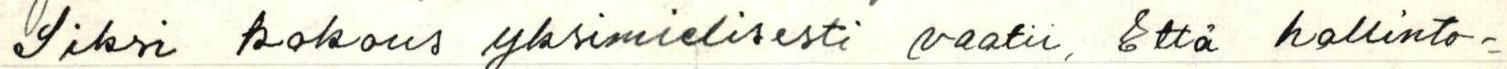
Siksi kokous yksimielisesti vaatii, että hallinto=